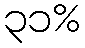
၃၁%